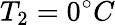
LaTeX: T_{2}=0^{\circ}C